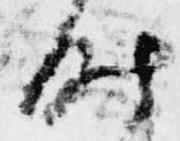
時